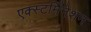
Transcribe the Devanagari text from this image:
एक्स्टर्मिनेशन